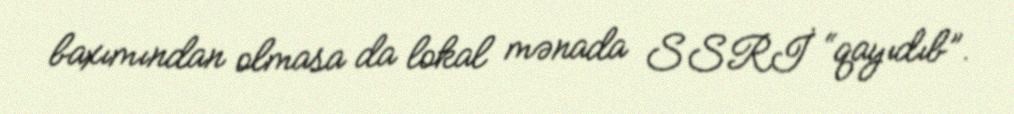
baxımından olmasa da lokal mənada SSRİ “qayıdıb”.